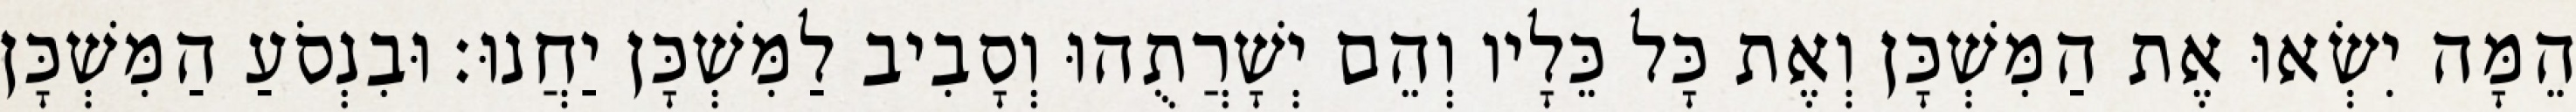
הֵמָּה יִשְׂאוּ אֶת הַמִּשְׁכָּן וְאֶת כָּל כֵּלָיו וְהֵם יְשָׁרֲתֻהוּ וְסָבִיב לַמִּשְׁכָּן יַחֲנוּ׃ וּבִנְסֹעַ הַמִּשְׁכָּן